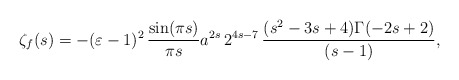
\begin{align*}\zeta_{f}(s) = -(\varepsilon - 1)^2 \,\frac{\sin(\pi s)}{\pi s} a^{2s}\,2^{4s-7}\, \frac{(s^2-3s+4)\Gamma(-2s+2)}{(s-1)} ,\end{align*}